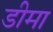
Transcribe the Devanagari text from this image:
डीमा